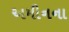
અમીનના